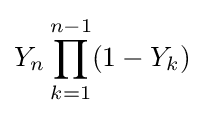
Y_{n}\prod _{k=1}^{n-1}(1-Y_{k})